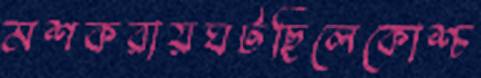
মশকরায়ঘটছিলেকোশ্চ